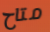
متاح